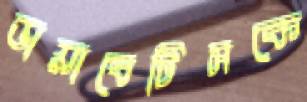
ডায়াবেটিসকে